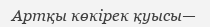
Артқы көкірек қуысы—